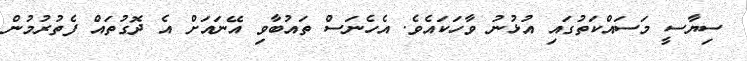
ސިޔާސީ މަސައްކަތުގައި އުޅުނު ވާހަކައެވެ. އެހެނަސް ތައުބާވި އޭނައަށް އެ ދޮގުތައް ފެތުރުމުން